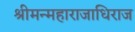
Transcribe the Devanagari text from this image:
श्रीमन्महाराजाधिराज